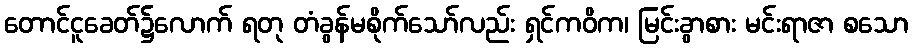
တောင်ငူခေတ်၌လောက် ရတု တံခွန်မစိုက်သော်လည်း ရှင်ကဝိက၊ မြင်းခွာစား မင်းရာဇာ စသော